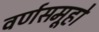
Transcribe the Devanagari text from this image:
वर्णसमूहो